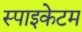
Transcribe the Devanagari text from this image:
स्पाइकेटम